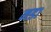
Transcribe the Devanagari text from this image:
नडा